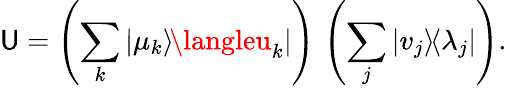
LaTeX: \mathsf{U}=\left(\sum_{k}|\mu_{k}\rangle\! \langleu_{k}|\right)\, \left(\sum_{j}|v_{j}\rangle\! \langle\lambda_{j}|\right).